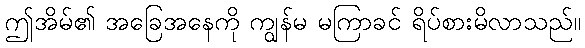
ဤအိမ်၏ အခြေအနေကို ကျွန်မ မကြာခင် ရိပ်စားမိလာသည်။